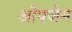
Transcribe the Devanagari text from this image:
ओफ्जेम